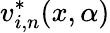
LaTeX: v_{i,n}^{*}(x,\alpha)